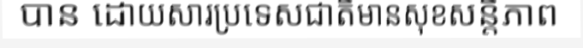
បាន ដោយសារប្រទេសជាតិមានសុខសន្តិភាព